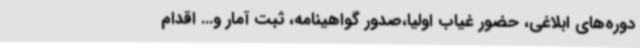
دوره‌های ابلاغی، حضور غیاب اولیا،صدور گواهینامه، ثبت آمار و... اقدام